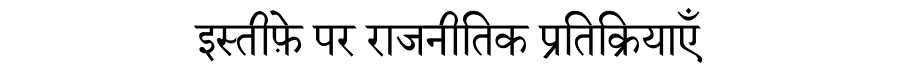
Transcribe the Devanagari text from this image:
इस्तीफ़े पर राजनीतिक प्रतिक्रियाएँ